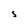
Character: S